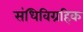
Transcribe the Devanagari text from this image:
संधिविग्रहिक